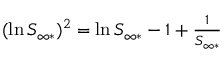
\begin{array} { r } { ( \ln S _ { \infty * } ) ^ { 2 } = \ln S _ { \infty * } - 1 + \frac { 1 } { S _ { \infty * } } } \end{array}